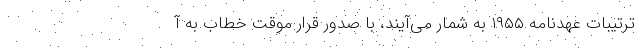
ترتیبات عهدنامه ۱۹۵۵ به شمار می‌آیند، با صدور قرار موقت خطاب به آ